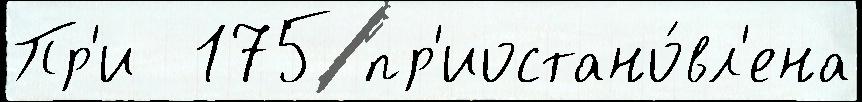
Пр'и  175 пр'иостано́вл'ена